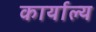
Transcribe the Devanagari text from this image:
कार्याल्य